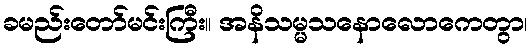
ခမည်းတော်မင်းကြီး။ အနိသမ္မသနောလောကေတွာ၊